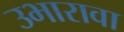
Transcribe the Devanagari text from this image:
उभारावा